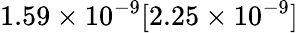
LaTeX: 1.59\times 10^{-9}[2.25\times 10^{-9}]